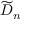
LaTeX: { \widetilde { D } } _ { n }